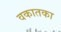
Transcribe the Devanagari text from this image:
वकातका